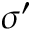
\sigma ^ { \prime }